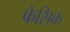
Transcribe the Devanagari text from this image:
फेसिक